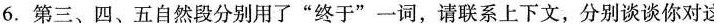
6.第三、四、五自然段分别用了”终于”一词，请联系上下文，分别谈谈你对这